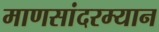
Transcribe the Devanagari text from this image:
माणसांदरम्यान